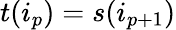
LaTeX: t(i_{p})=s(i_{p+1})